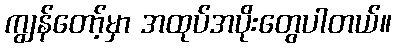
ကျွန်တော့်မှာ အထုပ်အပိုးတွေပါတယ်။